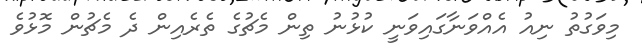
މިވަގުތު ނިއު އެއްވަނާގައިވަނީ ކުޅުނު ތިން މެޗުގެ ތެރެއިން ދެ މެޗުން މޮޅުވެ